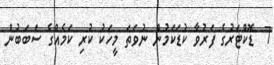
7  ޑޮކްޓަރުގެ ފަރުވާ ކުޑަކަމުން ނުވަތަ މީހަކު ކުރި ކަމެއްގެ ސަބަބުން